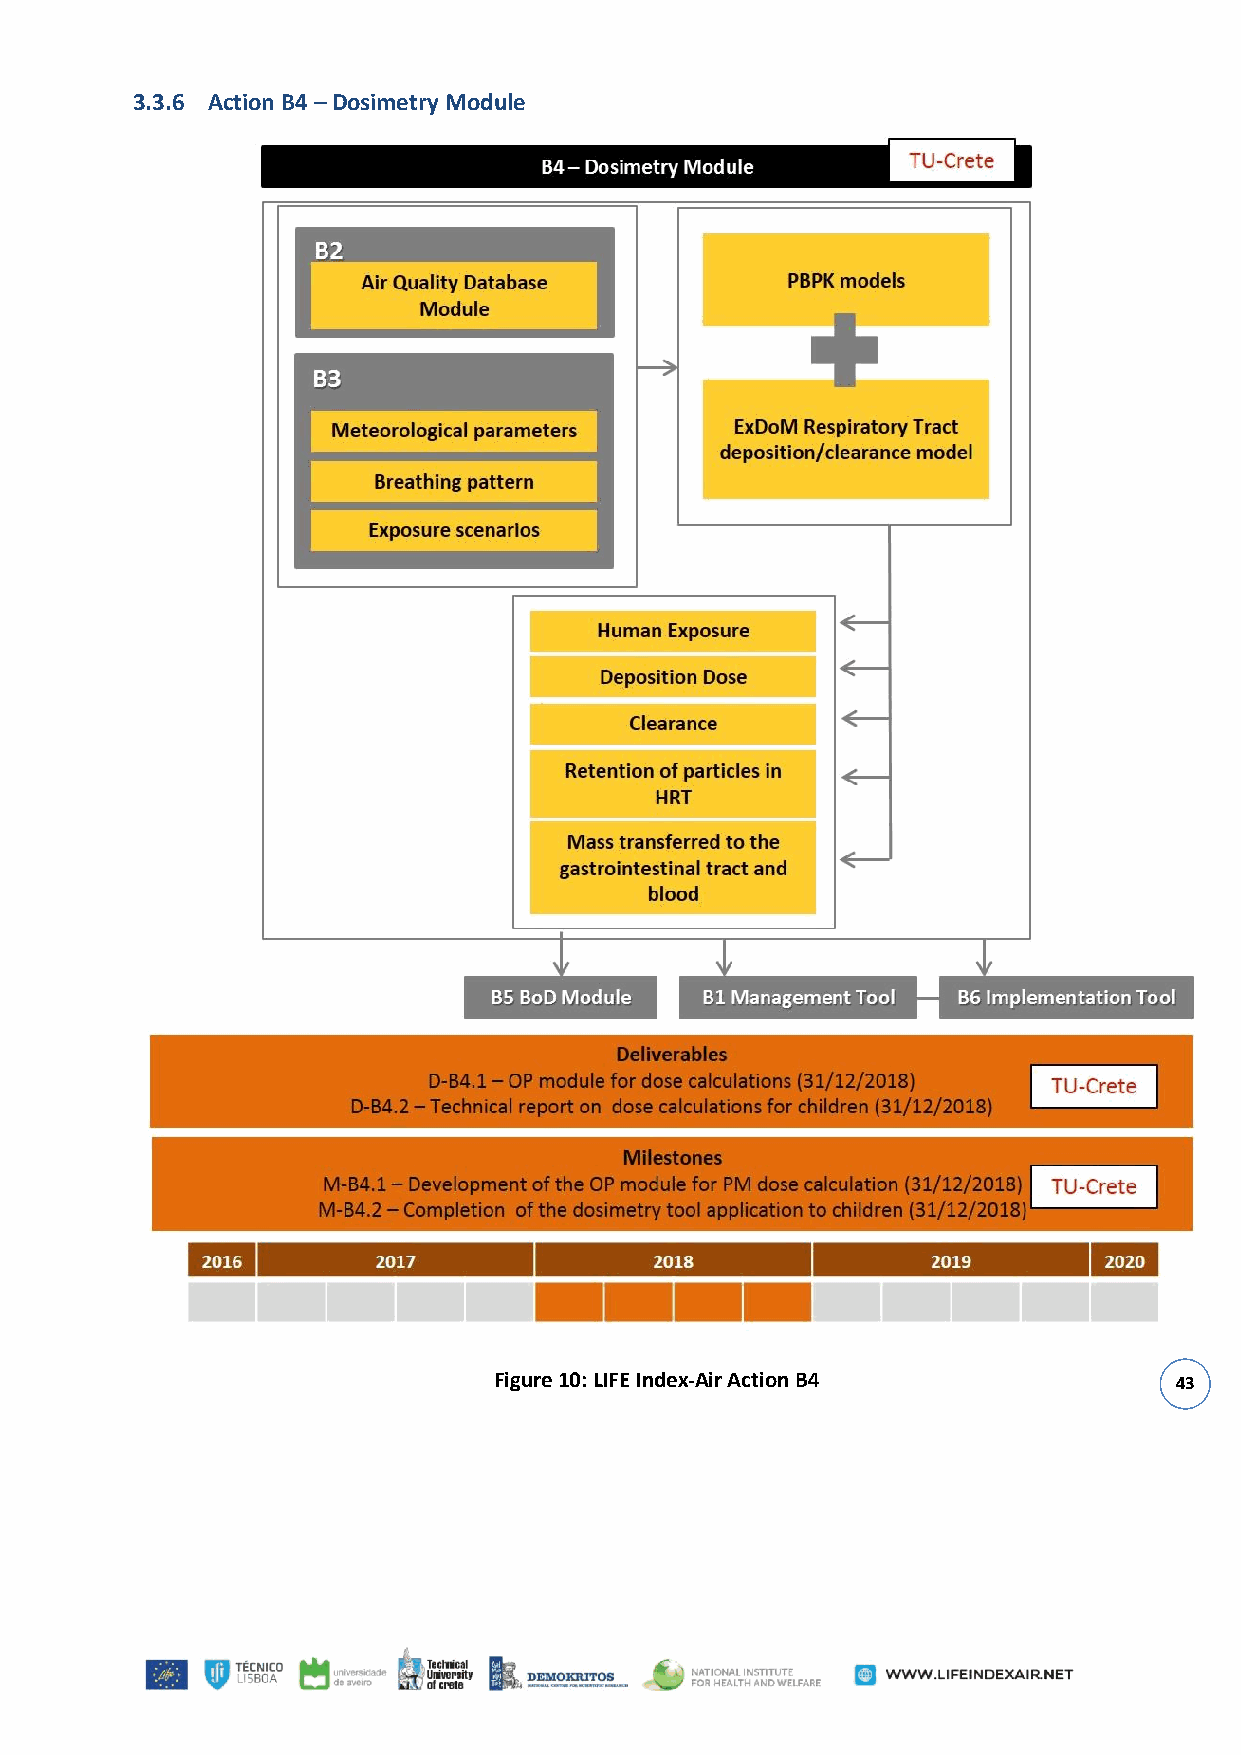
3.3.6 Action B4 – Dosimetry Module
 Figure 10: LIFE Index-Air Action B4          43